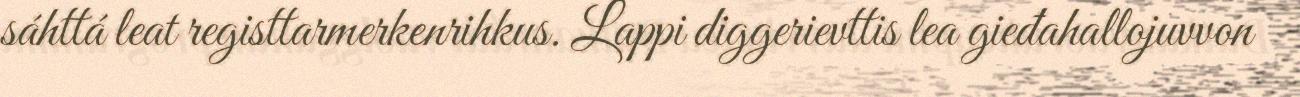
sáhttá leat registtarmerkenrihkus. Lappi diggerievttis lea gieđahallojuvvon